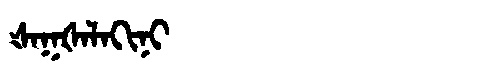
Manchu: ᡧᠠᡴᡧᠠᠯᠠᡴᡳᠨᡳ
Romanization: ŠAKŠALAKINI